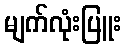
မျက်လုံးပြူး